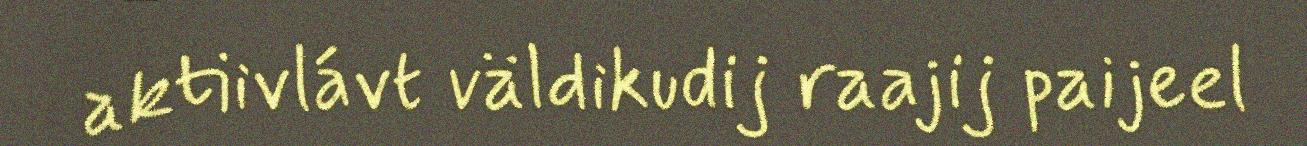
aktiivlávt väldikudij raajij paijeel